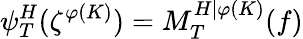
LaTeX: \psi_{T}^{H}(\zeta^{\varphi(K)})=M_{T}^{H|\varphi(K)}(f)